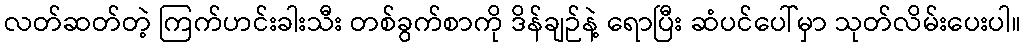
လတ်ဆတ်တဲ့ ကြက်ဟင်းခါးသီး တစ်ခွက်စာကို ဒိန်ချဉ်နဲ့ ရောပြီး ဆံပင်ပေါ်မှာ သုတ်လိမ်းပေးပါ။